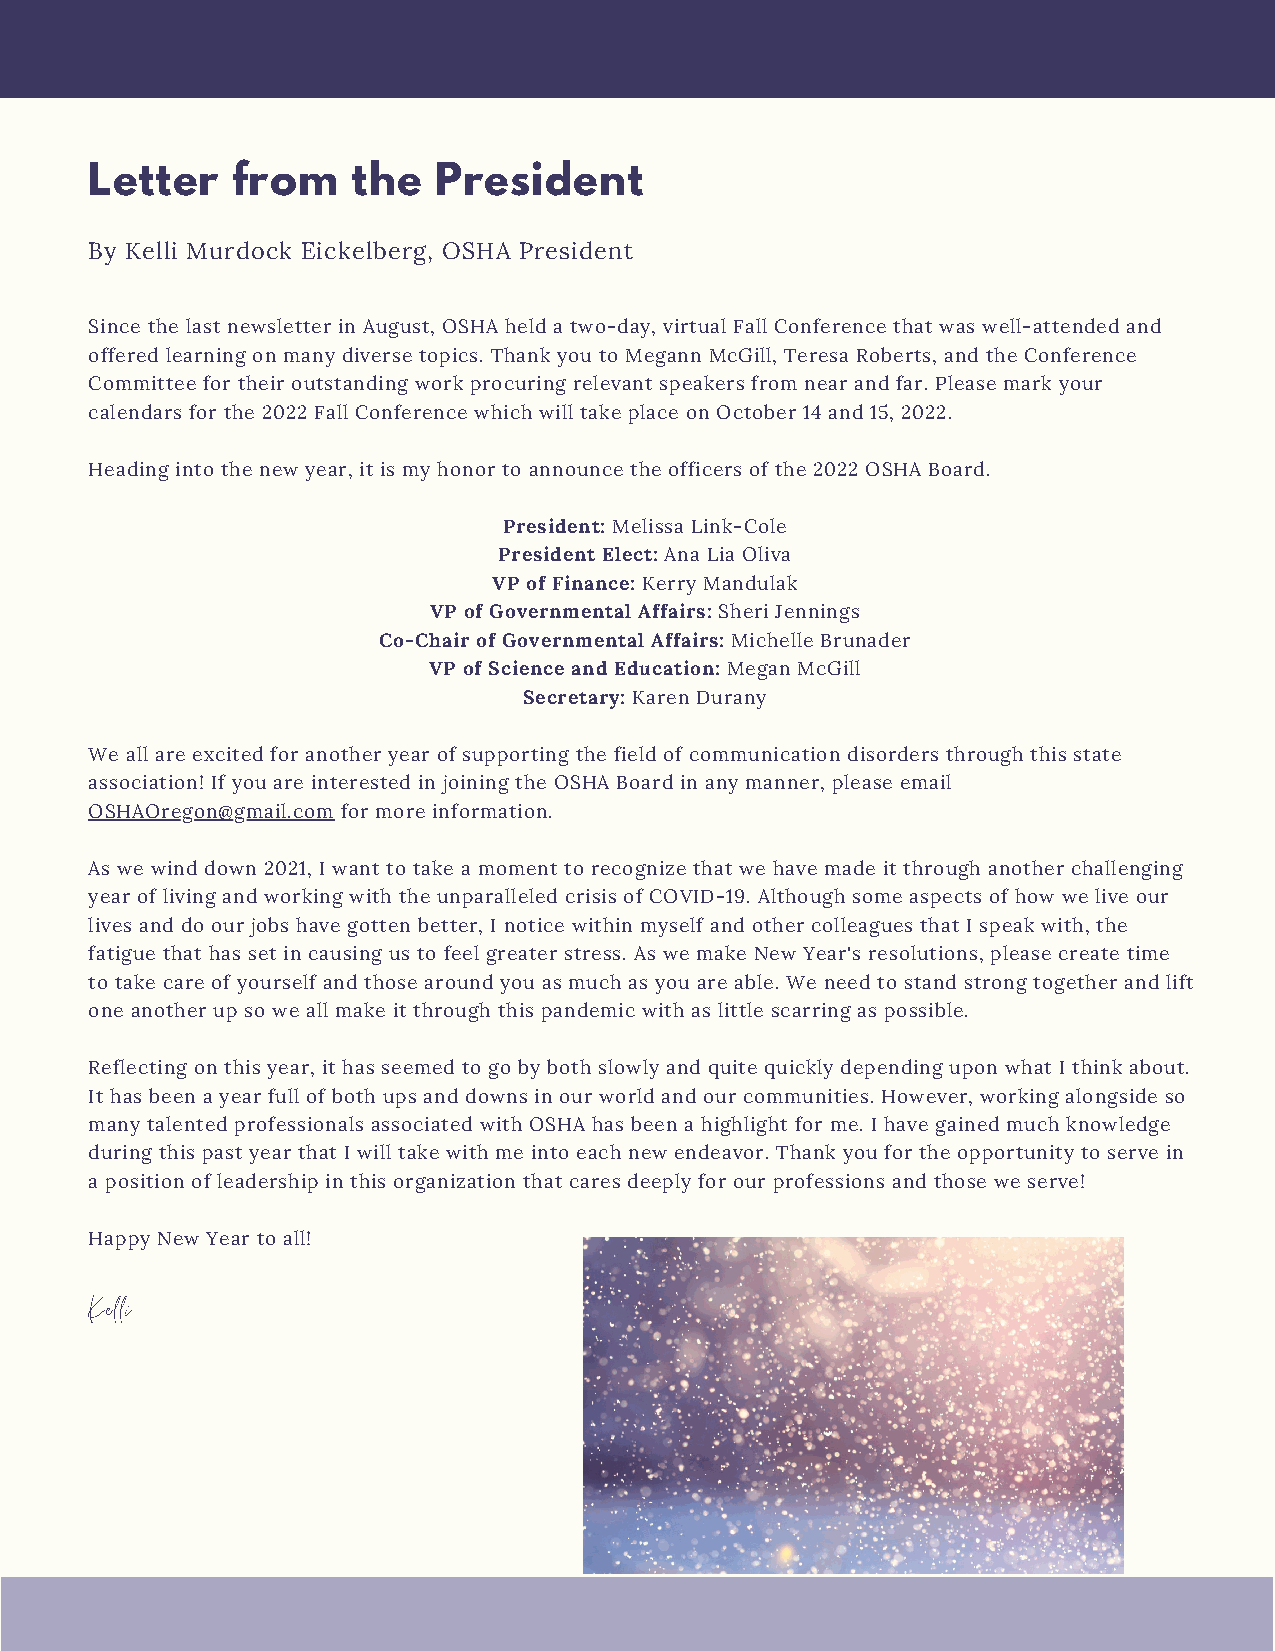
Letter   from    the   President
 By Kelli Murdock Eickelberg, OSHA President
 Since the last newsletter in August, OSHA held a two-day, virtual Fall Conference that was well-attended and
 offered learning on many diverse topics. Thank you to Megann McGill, Teresa Roberts, and the Conference
 Committee for their outstanding work procuring relevant speakers from near and far. Please mark your
 calendars for the 2022 Fall Conference which will take place on October 14 and 15, 2022.
 Heading into the new year, it is my honor to announce the officers of the 2022 OSHA Board.
 President: Melissa Link-Cole
 President Elect: Ana Lia Oliva
 VP of Finance: Kerry Mandulak
 VP of Governmental Affairs: Sheri Jennings
 Co-Chair of Governmental Affairs: Michelle Brunader
 VP of Science and Education: Megan McGill
 Secretary: Karen Durany
 We all are excited for another year of supporting the field of communication disorders through this state
 association! If you are interested in joining the OSHA Board in any manner, please email
 OSHAOregon@gmail.com for more information.
 As we wind down 2021, I want to take a moment to recognize that we have made it through another challenging
 year of living and working with the unparalleled crisis of COVID-19. Although some aspects of how we live our
 lives and do our jobs have gotten better, I notice within myself and other colleagues that I speak with, the
 fatigue that has set in causing us to feel greater stress. As we make New Year's resolutions, please create time
 to take care of yourself and those around you as much as you are able. We need to stand strong together and lift
 one another up so we all make it through this pandemic with as little scarring as possible.
 Reflecting on this year, it has seemed to go by both slowly and quite quickly depending upon what I think about.
 It has been a year full of both ups and downs in our world and our communities. However, working alongside so
 many talented professionals associated with OSHA has been a highlight for me. I have gained much knowledge
 during this past year that I will take with me into each new endeavor. Thank you for the opportunity to serve in
 a position of leadership in this organization that cares deeply for our professions and those we serve!
 Happy New Year to all!
 Kelli